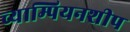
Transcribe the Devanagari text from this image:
च्याम्पियनशीप